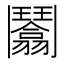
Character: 𩰙